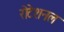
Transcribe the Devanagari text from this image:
रोटेशनल